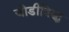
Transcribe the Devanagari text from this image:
जोडीविरुद्ध